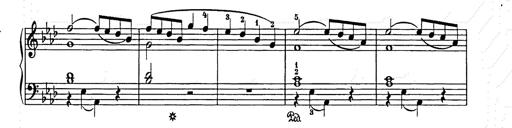
Title: Weihnachtsbaum
Composer: Franz Liszt